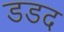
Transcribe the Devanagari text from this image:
डडद